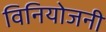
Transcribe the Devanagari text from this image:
विनियोजनी